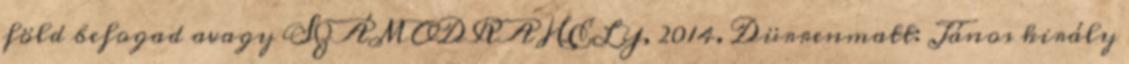
föld befogad avagy SZÁMODRA HELY, 2014. Dürrenmatt: János király